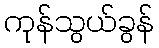
ကုန်သွယ်ခွန်